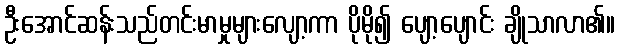
ဦးအောင်ဆန်းသည်တင်းမာမှုများလျော့ကာ ပိုမို၍ ပျော့ပျောင်း ချိုသာလာ၏။